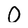
Character: O